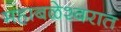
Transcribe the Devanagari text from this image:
महाबळेश्वरात